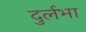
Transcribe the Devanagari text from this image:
दुर्लभा